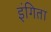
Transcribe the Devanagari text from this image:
इंगिता